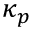
\kappa _ { p }